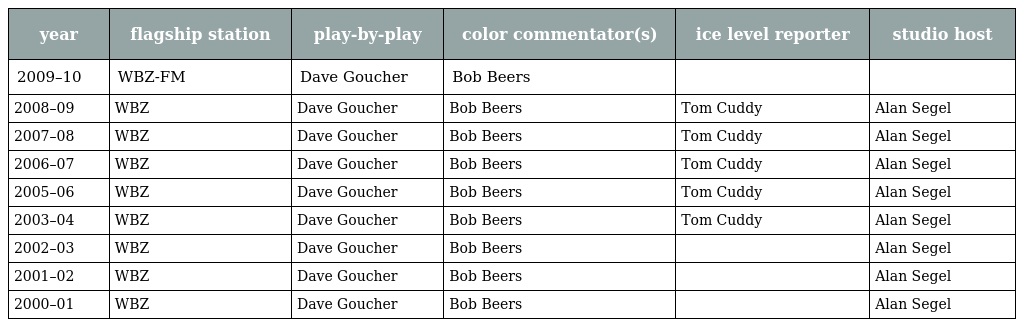
| year | flagship station | play-by-play | color commentator(s) | ice level reporter | studio host |
 | --- | --- | --- | --- | --- | --- |
 | 2009–10 | WBZ-FM | Dave Goucher | Bob Beers |  |  |
 | 2008–09 | WBZ | Dave Goucher | Bob Beers | Tom Cuddy | Alan Segel |
 | 2007–08 | WBZ | Dave Goucher | Bob Beers | Tom Cuddy | Alan Segel |
 | 2006–07 | WBZ | Dave Goucher | Bob Beers | Tom Cuddy | Alan Segel |
 | 2005–06 | WBZ | Dave Goucher | Bob Beers | Tom Cuddy | Alan Segel |
 | 2003–04 | WBZ | Dave Goucher | Bob Beers | Tom Cuddy | Alan Segel |
 | 2002–03 | WBZ | Dave Goucher | Bob Beers |  | Alan Segel |
 | 2001–02 | WBZ | Dave Goucher | Bob Beers |  | Alan Segel |
 | 2000–01 | WBZ | Dave Goucher | Bob Beers |  | Alan Segel |